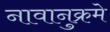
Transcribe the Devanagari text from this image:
नावानुक्रमे